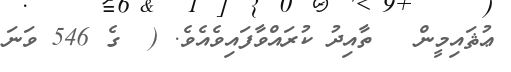
ޢުޘައިމީން   ތާއިދު ކުރައްވާފައިވެއެވެ. (  ގެ 546 ވަނަ